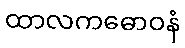
ထာလကဓောဝနံ